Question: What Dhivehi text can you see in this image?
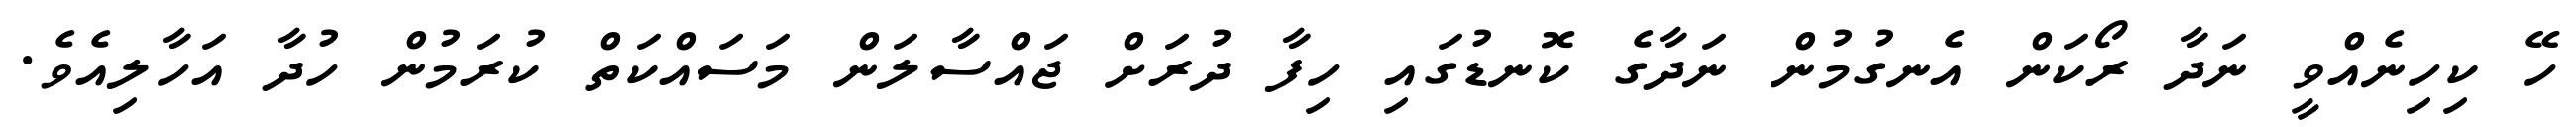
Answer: ހޭ ކިހިނެއްވީ ނަދާ ރޯކަން އެނގުމުން ނަދާގެ ކޮނޑުގައި ހިފާ ދުރަށް ޖައްސާލަން މަސައްކަތް ކުރަމުން ހުދާ އަހާލިއެވެ.